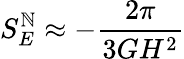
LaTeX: S_{E}^{\mathbb{N}}\approx-{\frac{{2\pi}}{{3GH^{2}}}}